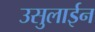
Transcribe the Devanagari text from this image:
उसुलाईन